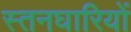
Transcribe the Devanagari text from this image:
स्तनघारियों